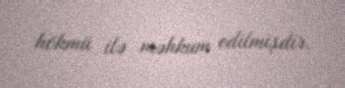
hökmü ilə məhkum edilmişdir.